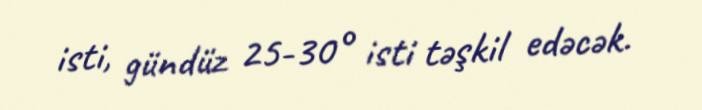
isti, gündüz 25-30° isti təşkil edəcək.